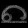
Digit: ၈